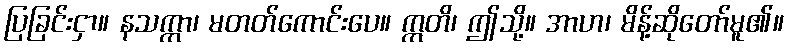
ပြခြင်းငှာ။ နသက္ကာ၊ မတတ်ကောင်းပေ။ ဣတိ၊ ဤသို့။ အာဟ၊ မိန့်ဆိုတော်မူ၏။